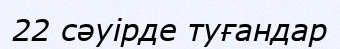
22 сәуірде туғандар